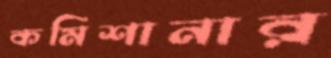
কমিশানার